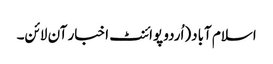
اسلام آباد(اُردو پوائنٹ اخبار آن لائن۔